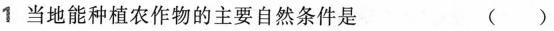
1当地能种植农作物的主要自然条件是 ()